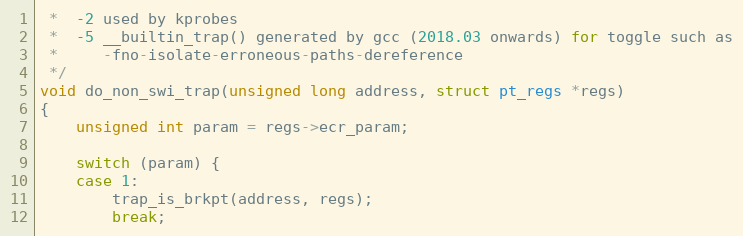
Language: C
 *  -2 used by kprobes
 *  -5 __builtin_trap() generated by gcc (2018.03 onwards) for toggle such as
 *     -fno-isolate-erroneous-paths-dereference
 */
void do_non_swi_trap(unsigned long address, struct pt_regs *regs)
{
	unsigned int param = regs->ecr_param;

	switch (param) {
	case 1:
		trap_is_brkpt(address, regs);
		break;